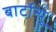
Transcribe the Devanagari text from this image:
बार्टोन्यू